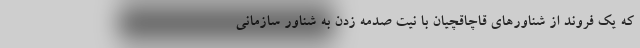
که یک فروند از شناورهای قاچاقچیان با نیت صدمه زدن به شناور سازمانی